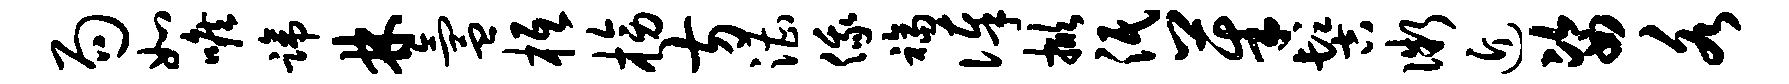
局如喉蹄林氲柢榜方漕俄福俸掀泯茱髻微近姿各